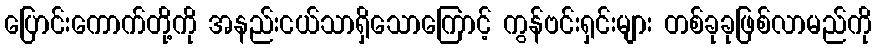
ပြောင်းကောက်တို့ကို အနည်းငယ်သာရှိသောကြောင့် ကွန်ဗင်းရှင်းများ တစ်ခုခုဖြစ်လာမည်ကို